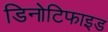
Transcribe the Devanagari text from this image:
डिनोटिफाइड